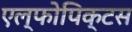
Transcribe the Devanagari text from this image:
एल्फोपिक्टस